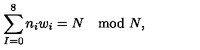
\sum _ { I = 0 } ^ { 8 } n _ { i } w _ { i } = N \quad \mathrm { m o d } \ N ,